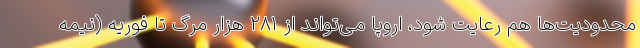
محدودیت‌ها هم رعایت شود، اروپا می‌تواند از ۲۸۱ هزار مرگ تا فوریه (نیمه